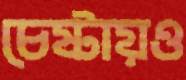
চেষ্টায়ও